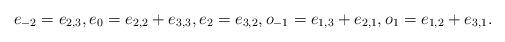
LaTeX: \begin{gather*} e_{-2} = e_{2,3}, e_0 = e_{2,2}+e_{3,3},e_2 = e_{3,2}, o_{-1} = e_{1,3} + e_{2,1},o_1 = e_{1,2} + e_{3,1}.\end{gather*}